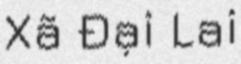
Xã Đại Lai